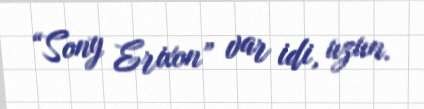
“Sony Erixon” var idi, uzun.